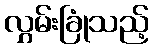
လွှမ်းခြုံသည့်